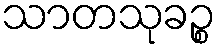
သာတသုခဉ္စ